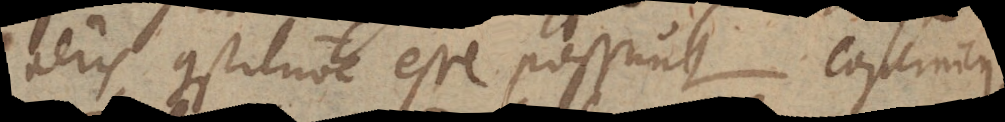
aeris constitutione esse possunt. Copernicus